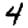
Digit: 4